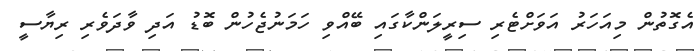
އެގޮތުން މިއަހަރު އަވަށްޓެރި ސިރީލަންކާގައި ބޭއްވި ހަމަނުޖެހުން ބޮޑު އަދި ވާދަވެރި ރިޔާސީ